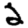
Digit: 2